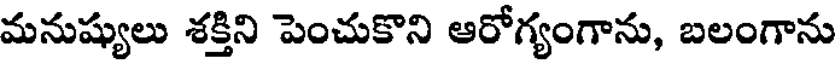
మనుష్యులు శక్తిని పెంచుకొని ఆరోగ్యంగాను, బలంగాను